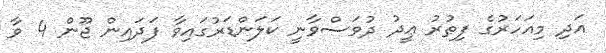
އަދި މިއަހަރުގެ ފިޠުރު ޢީދު ދުވަސްވާނީ ކަލަންޑަރުގައިވާ ފަދައިން ޖޫން 4 ވާ